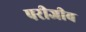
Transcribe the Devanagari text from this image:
परीजीव